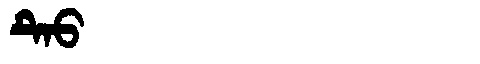
Manchu: ᡨᡝᠣ
Romanization: TEO